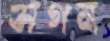
সগন